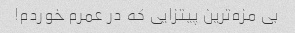
بی مزه‌ترین پیتزایی که در عمرم خوردم!